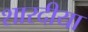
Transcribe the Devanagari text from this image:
शारदीया